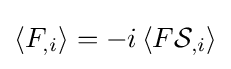
\left\langle F_{,i}\right\rangle =-i\left\langle F{\mathcal {S}}_{,i}\right\rangle